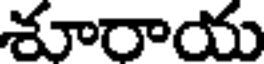
శూరాయ